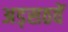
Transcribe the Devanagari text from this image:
अड़सठवें